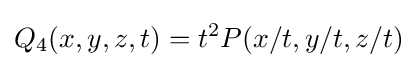
Q_{4}(x,y,z,t)=t^{2}P(x/t,y/t,z/t)